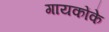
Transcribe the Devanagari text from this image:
गायकोंके